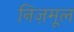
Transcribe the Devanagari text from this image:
निज़मूल